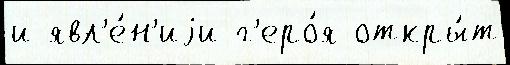
и явл'е́н'иjи г'еро́я откры́т